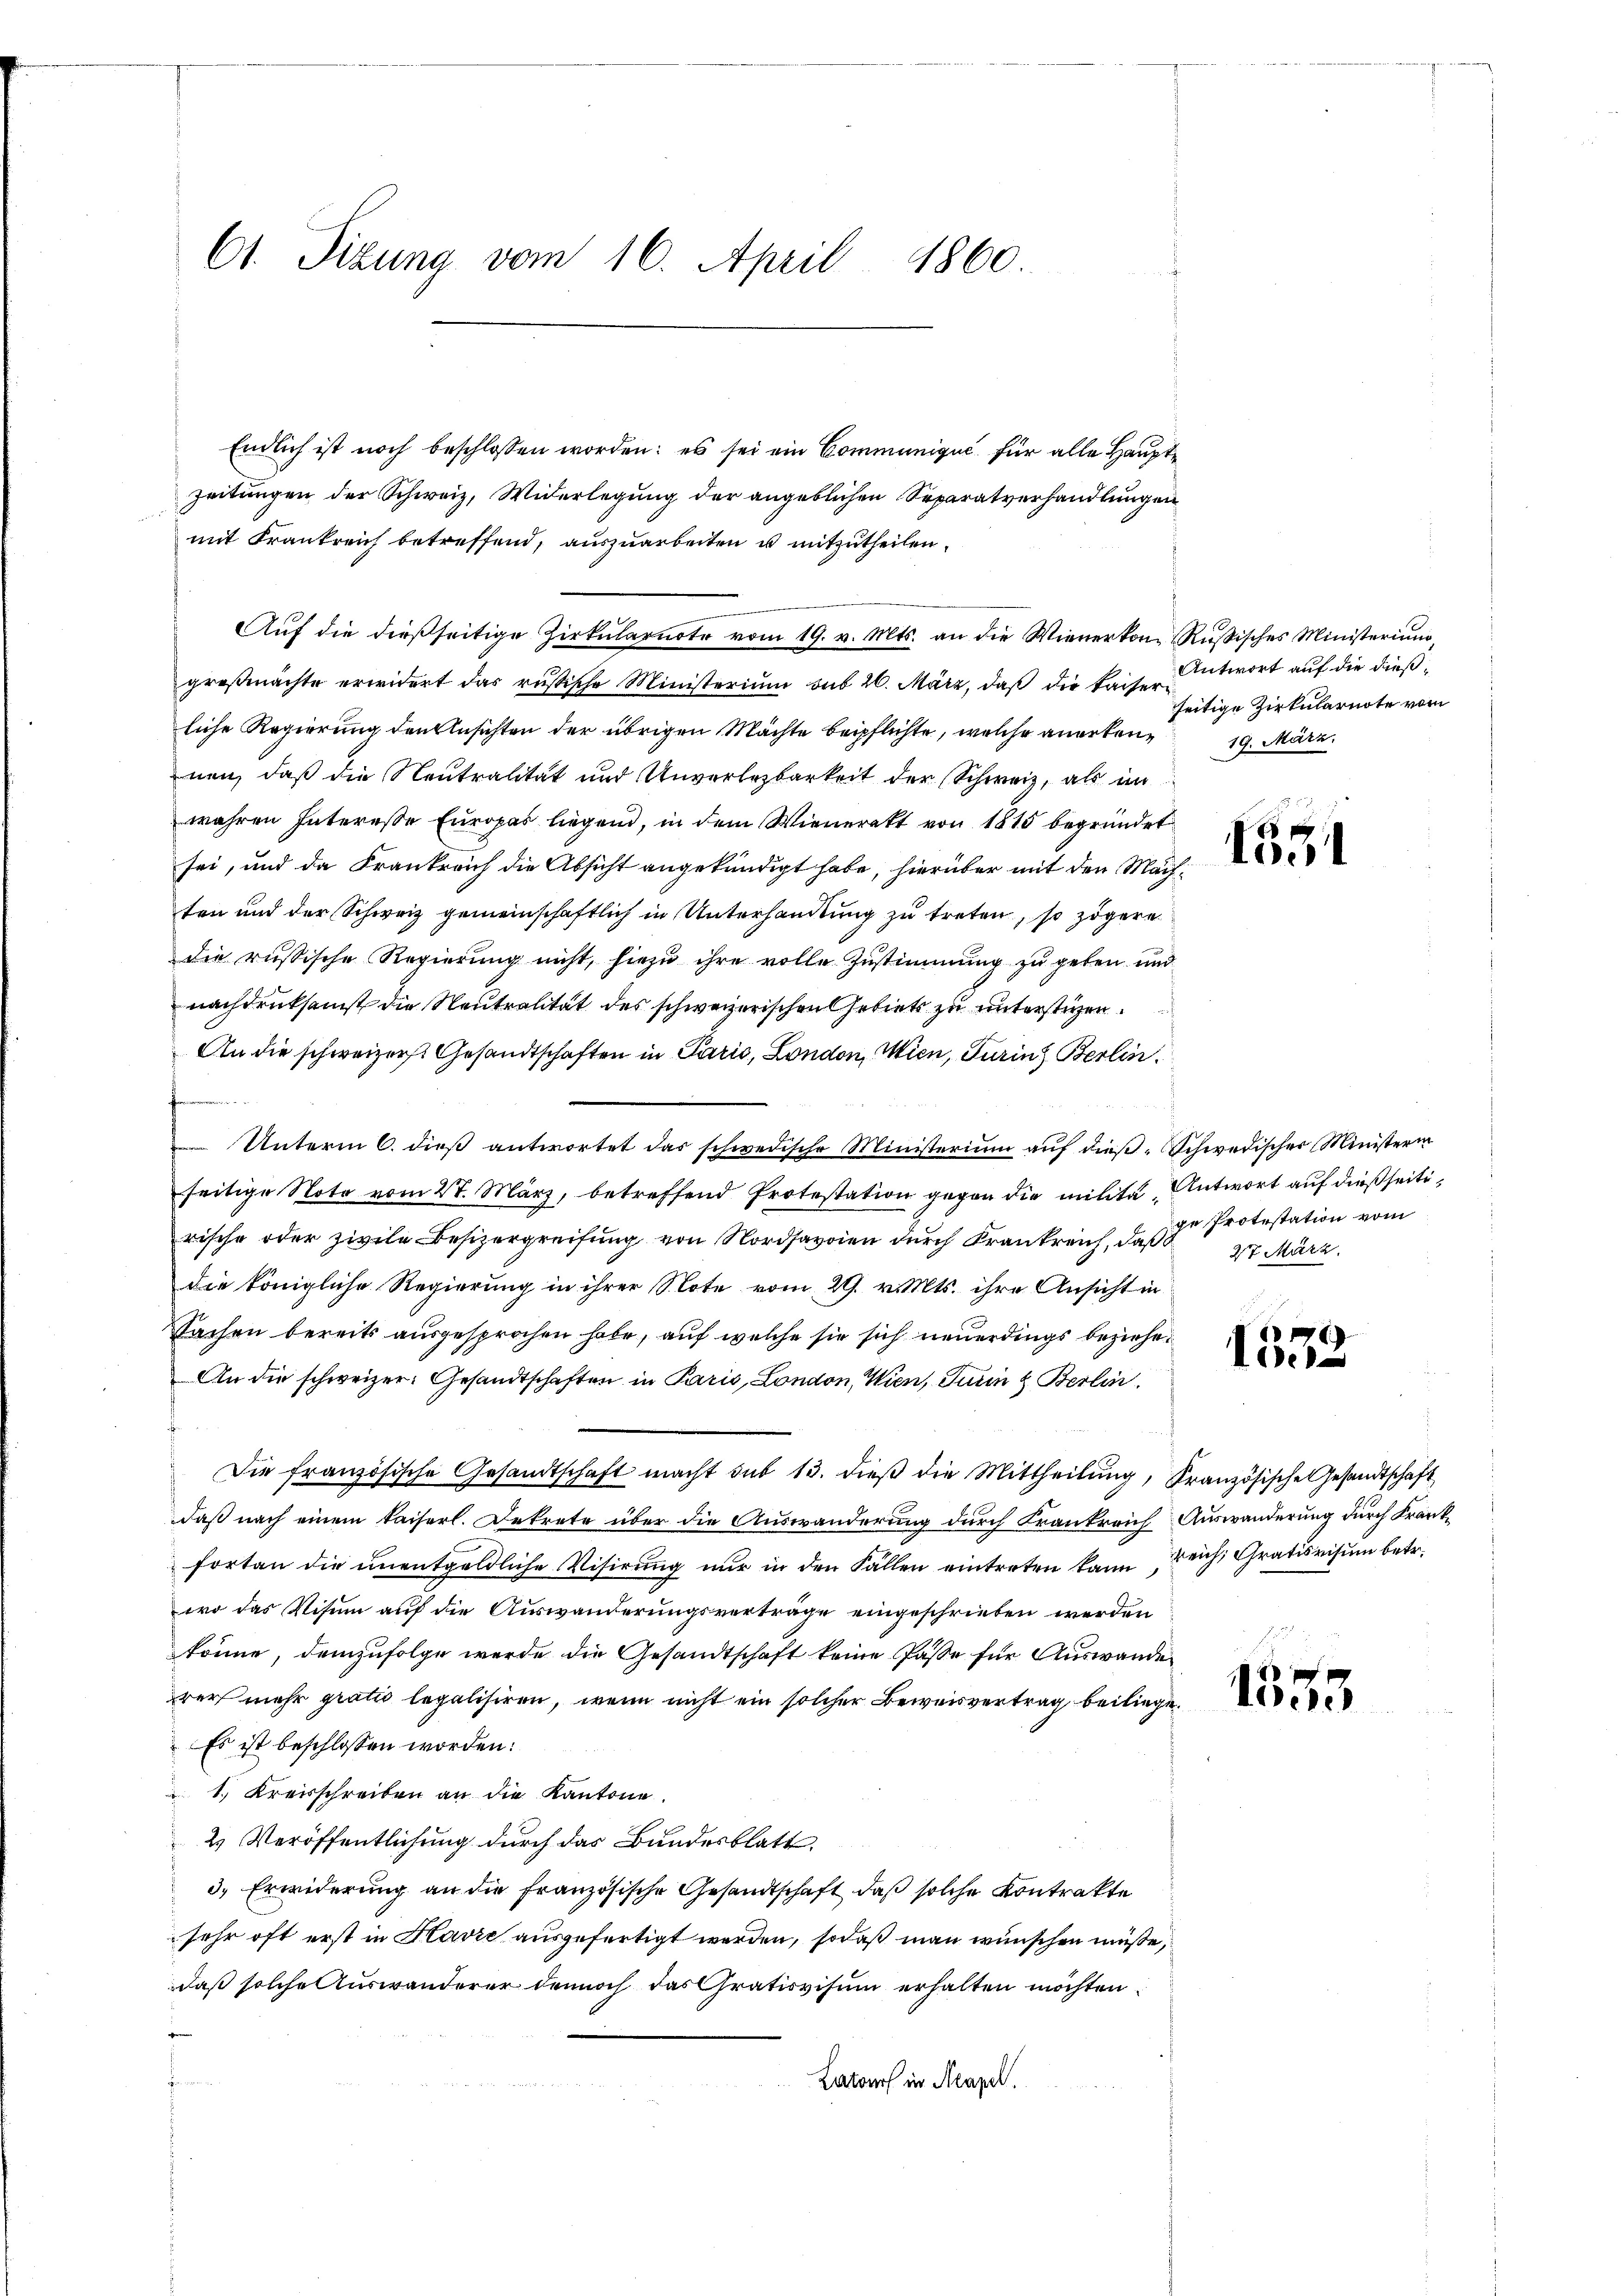
61. Sizung vom 16. April 1860

Endlich ist noch beschlossen worden: es sei ein Communique für alle Haupte
zeitungen der Schweiz, Widerlegung der angeblichen Separatverhandlungen
mit Frankreich betreffend, auszuarbeiten u mitzutheilen.
Aŭf die dießseitige Zirkŭlarnote vom 19. v. Mts. an die Wienerkon- Rŭβisches Ministerium,
groβmachte erwidert das russische Ministerium sub 20. März, daβ die kaiser-
liche Regierung den Ansichten der übrigen Mächte beipflichte, welche anerkennen, daß die Neutralität und Unverlezbarkeit der Schweiz, als im
wahren Interesse Europas liegend, in dem Wieneratt von 1815 begründet
sei, und da Frankreich die Absicht angekündigt habe, hierüber mit den Mach
ten und der Schweiz gemeinschaftlich in Unterhandlung zu treten, so zögere
die russische Regierung nicht, hiezu ihre volle Zustimmung zu geben und
nachdruksamst die Neutralität des schweizerischen Gebiets zu unterstüzen.
An die schweizer Gesandtschaften in Paris, London, Wien, Turin Berlin
.
Unterm 6. dieß antwortet das schwedische Ministerium auf dieß-Schwedischer Ministerin
seitige Noto vom 27. März, betreffend Protestation gegen die milita Antwort auf dießseitirische oder zivile Besizergreifung von Nordsavoien durch Krankreich, das Protestation vom
die königliche Regierung in ihrer Note vom 29. v. Mts. ihre Ansicht in
Sachen bereits ausgesprochen habe, auf welche sie sich neuerdings beziehe¬
An die schweizer. Gesandtschaften in Paris, London, Wien, Turin & Berlin.
Die französische Gesandtschaft macht aus 13. dieβ die Mittheilŭng, Französische Gesandtschaft
daß nach einem kaiserl. Dekrete über die Auswanderung durch Krankreich Auswanderung durch Krankfortan die ŭnentgeldliche Visirung nŭr in den Fällen eintreten kann reich, Grativisum betr.
wo das Visum auf die Auswanderungsverträge eingeschrieben werden
könne, demzufolge werde die Gesandtschaft keine Pässe für Auswande
rer mehr gratto legalisiren, wenn nicht ein solcher Beweisvertrag beiliege.
Es ist beschlossen worden:
1. Kreisschreiben an die Kantone.
2. Veröffentlichung durch das Bundesblatt,
3.) Erwiderung an die französische Gesandtschaft, daß solche Kontrakte
sehr oft erst in Havre ausgefertigt werden, sodaß man wünschen müße,
daß solche Auswanderer dennoch das Gratisvisum erhalten möchten
Latours in Acapel.

Antwort auf die dießseitige Zirkularnote vom
19. März.

ff x

27 März.

1332

1553